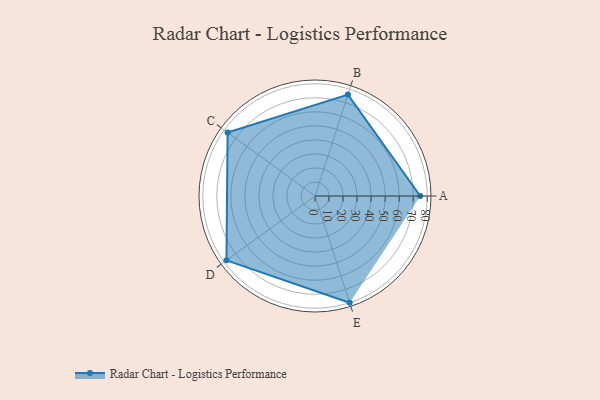
{"axis": {"x": "Skill", "y": "Score"}, "legend": ["Profile"], "data": [{"x": "A", "y": 75.0, "type": "Profile"}, {"x": "B", "y": 76.0, "type": "Profile"}, {"x": "C", "y": 77.0, "type": "Profile"}, {"x": "D", "y": 78.0, "type": "Profile"}, {"x": "E", "y": 80.0, "type": "Profile"}]}